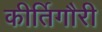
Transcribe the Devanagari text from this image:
कीर्तिगौरी